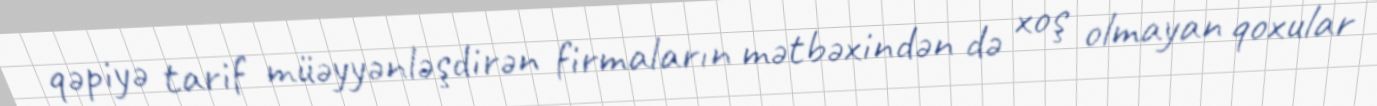
qəpiyə tarif müəyyənləşdirən firmaların mətbəxindən də xoş olmayan qoxular